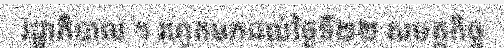
រដ្ឋាភិបាល ។ រហូតមកដល់ថ្ងៃទី២២ សមត្ថកិច្ច